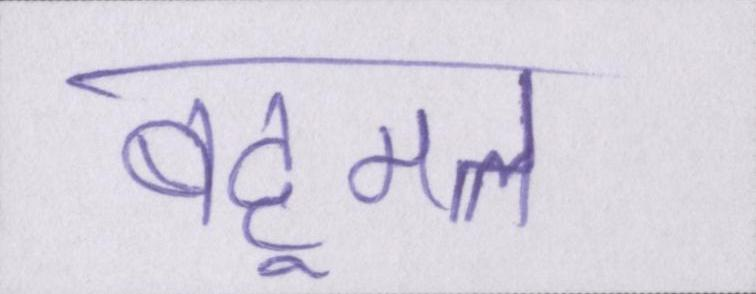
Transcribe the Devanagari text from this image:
बहूमत